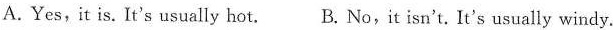
A. Yes,it is. It's usually hot.B. No, it isn't. It's usually windy.